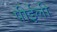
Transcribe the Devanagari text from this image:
पीईली